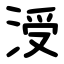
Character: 涭